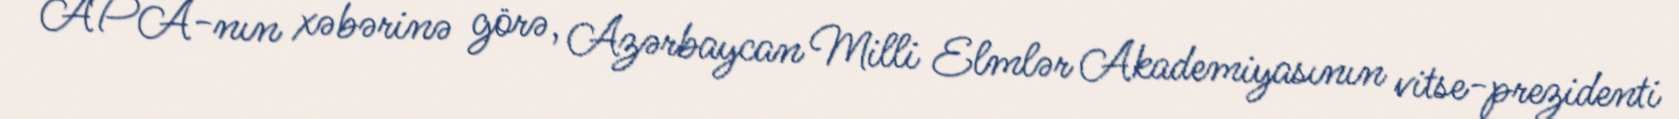
APA-nın xəbərinə görə, Azərbaycan Milli Elmlər Akademiyasının vitse-prezidenti